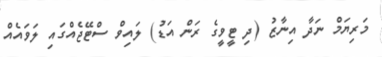
މަރިޔަމް ނަދާ އިނާޒު (ދި ޓީވީގެ ރަން އަޑު) ލައިވް ސްޓޭޖެއްގައި ލަވައެއް